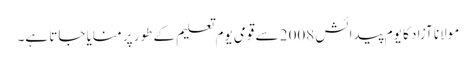
مولانا آزاد کا یوم پیدائش 2008 سے قومی یوم تعلیم کے طور پر منایا جاتا ہے۔